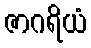
ဇာဂရိယံ